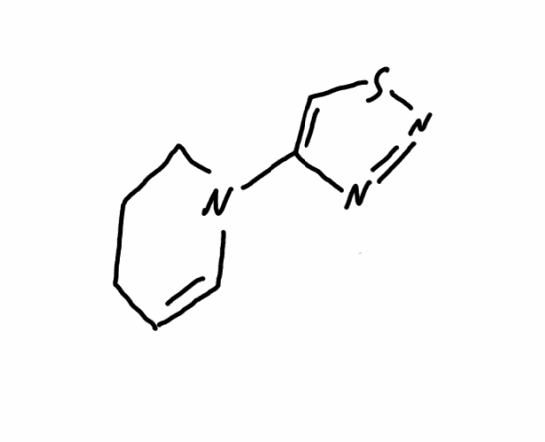
Simplified molecular-input line-entry system (SMILES) notation of the given molecule:
C1CC=CN(C1)C2=CSN=N2